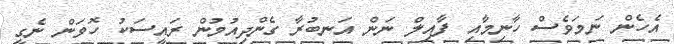
އެހެން ނަމަވެސް ހާނިމާއި ފާއިލް ނަން އަނބުރާ ގެންދިއުމުން ރައީސަކު ހޮވަން ނެގީ